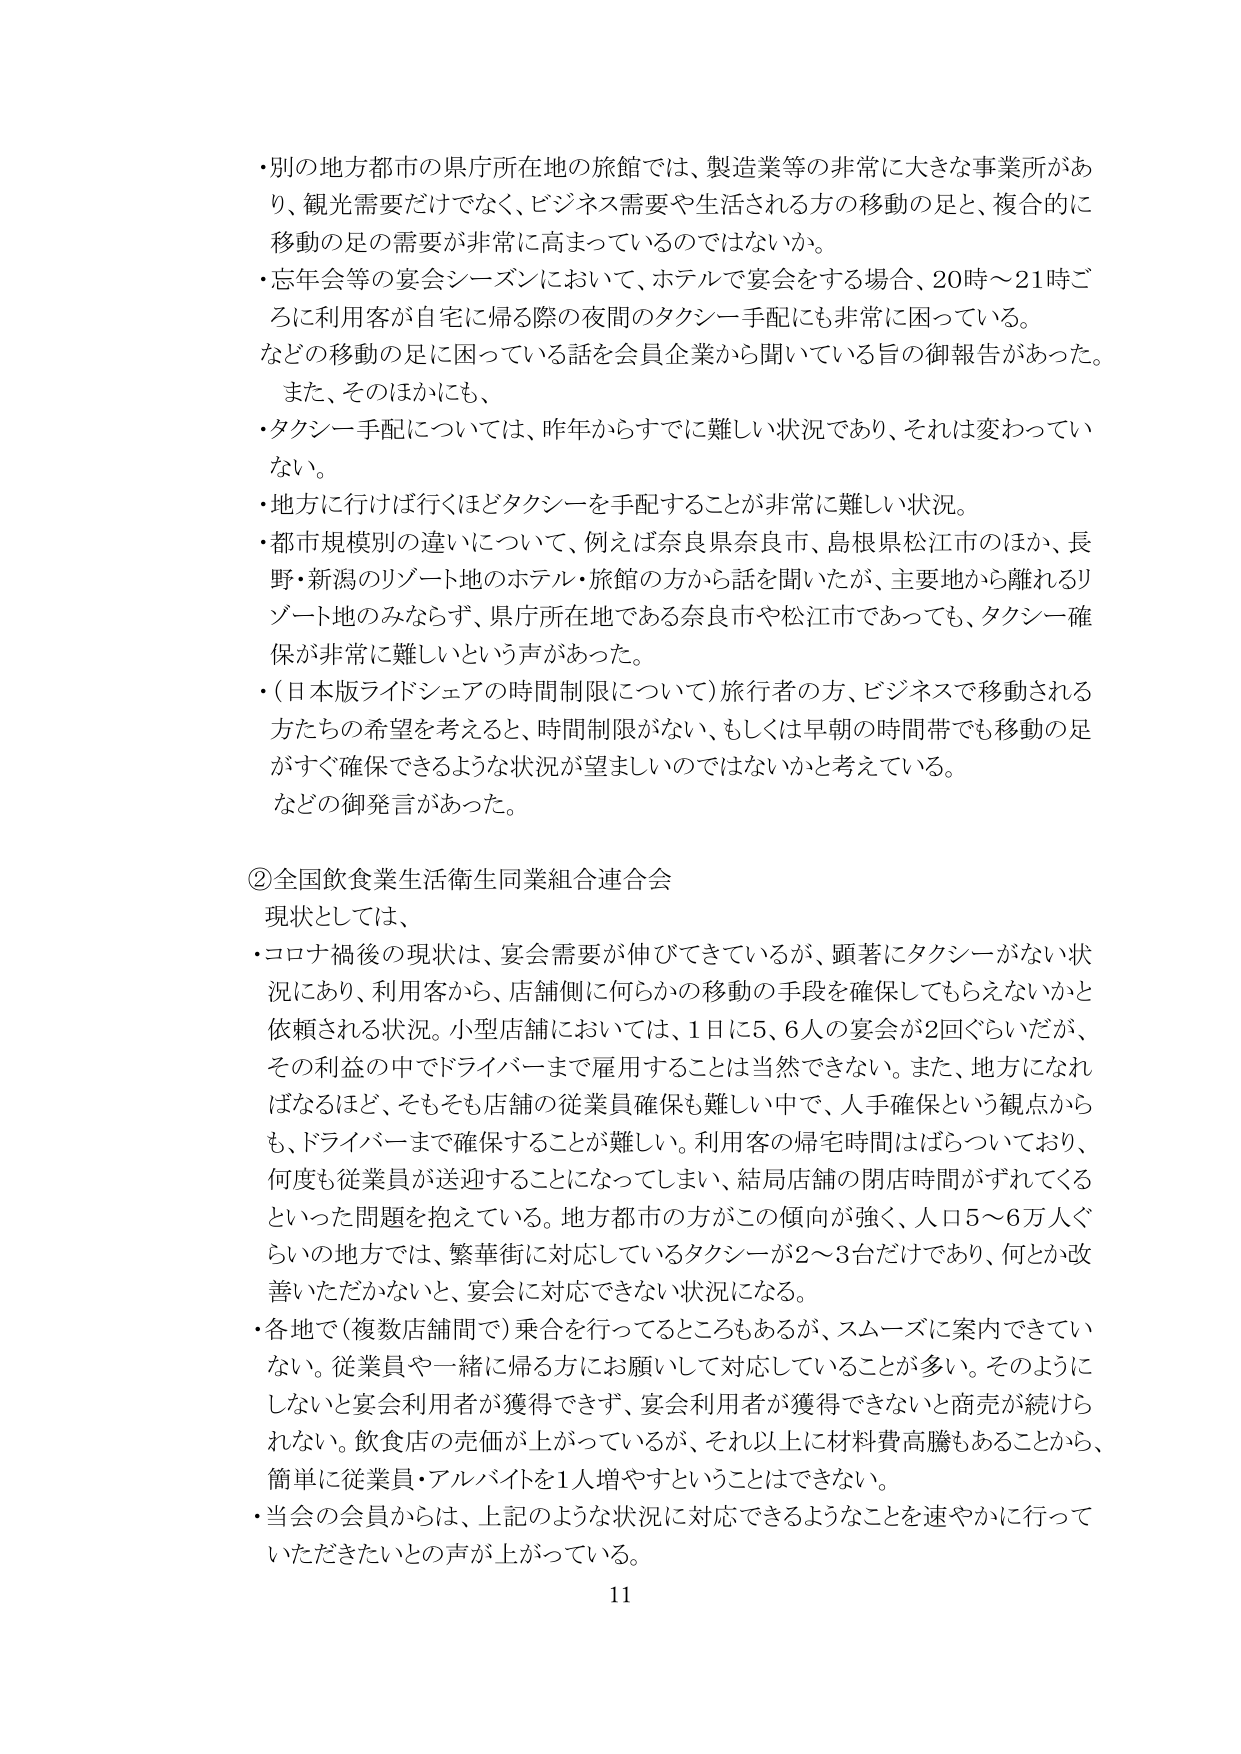
・別の地方都市の県庁所在地の旅館では、製造業等の非常に大きな事業所があり、観光需要だけでなく、ビジネス需要や生活される方の移動の足と、複合的に移動の足の需要が非常に高まっているのではないか。

・忘年会等の宴会シーズンにおいて、ホテルで宴会をする場合、20時～21時ごろに利用客が自宅に帰る際の夜間のタクシー手配にも非常に困っている。などの移動の足に困っている話を会員企業から聞いている旨の御報告があった。

また、そのほかにも、

・タクシー手配については、昨年からすでに難しい状況であり、それは変わっていない。

・地方に行けば行くほどタクシーを手配することが非常に難しい状況。

・都市規模別の違いについて、例えば奈良県奈良市、島根県松江市のほか、長野・新潟のリゾート地のホテル・旅館の方から話を聞いたが、主要地から離れるリゾート地のみならず、県庁所在地である奈良市や松江市であっても、タクシー確保が非常に難しいという声があった。

・（日本版ライドシェアの時間制限について）旅行者の方、ビジネスで移動される方たちの希望を考えると、時間制限がない、もしくは早朝の時間帯でも移動の足がすぐ確保できるような状況が望ましいのではないかと考えている。

などの御発言があった。

②全国飲食業生活衛生同業組合連合会

現状としては、

・コロナ禍後の現状は、宴会需要が伸びてきているが、顕著にタクシーがない状況にあり、利用客から、店舗側に何らかの移動の手段を確保してもらえないかと依頼される状況。小型店舗においては、1日に5、6人の宴会が2回ぐらいだが、その利益の中でドライバーまで雇用することは当然できない。また、地方になればなるほど、そもそも店舗の従業員確保も難しい中で、人手確保という観点からも、ドライバーまで確保することが難しい。利用客の帰宅時間はばらついており、何度も従業員が送迎することになってしまい、結局店舗の閉店時間がずれてくるといった問題を抱えている。地方都市の方がこの傾向が強く、人口5～6万人ぐらいの地方では、繁華街に対応しているタクシーが2～3台だけであり、何とか改善いただかないと、宴会に対応できない状況になる。

・各地で（複数店舗間で）乗合を行っているところもあるが、スムーズに案内できていない。従業員や一緒に帰る方にお願いして対応していることが多い。そのようにしないと宴会利用者が獲得できず、宴会利用者が獲得できないと商売が続けられない。飲食店の売価が上がっているが、それ以上に材料費高騰もあることから、簡単に従業員・アルバイトを1人増やすということはできない。

・当会の会員からは、上記のような状況に対応できるようなことを速やかに行っていただきたいとの声が上がっている。

11